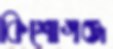
কিশোগঞ্জ